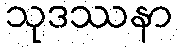
သုဒဿနာ